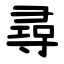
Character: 尋